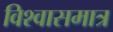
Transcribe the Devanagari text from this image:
विश्वासमात्र